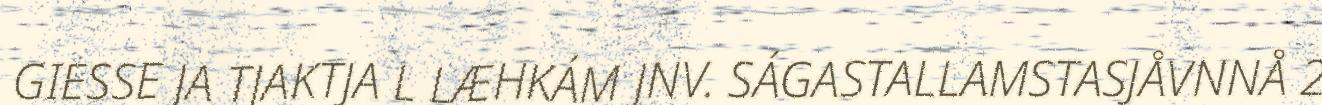
GIESSE JA TJAKTJA L LÆHKÁM JNV. SÁGASTALLAMSTASJÅVNNÅ 2